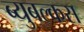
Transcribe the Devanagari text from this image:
ब्युबल्कस